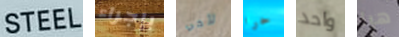
STEEL بإجراء لأخي حرا واحد هيا